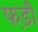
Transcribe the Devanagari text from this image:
फड़ी